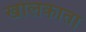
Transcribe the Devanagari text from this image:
खोलकाता